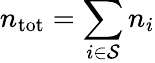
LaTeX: n_{\mathrm{tot}}=\sum_{i\in\mathcal{S}}n_{i}